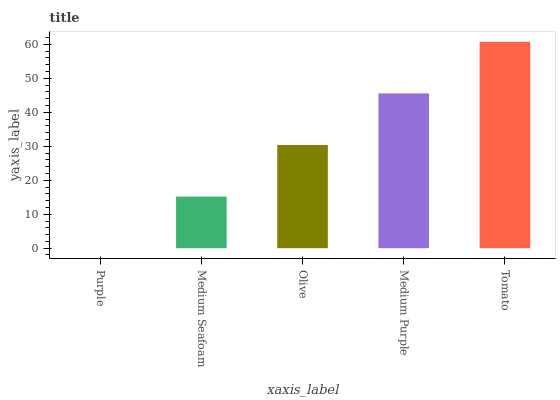
| xaxis_label | bars |
 | --- | --- |
 | Purple | 0 |
 | Medium Seafoam | 15.2 |
 | Olive | 30.4 |
 | Medium Purple | 45.5 |
 | Tomato | 60.7 |